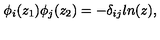
\phi _ { i } ( z _ { 1 } ) \phi _ { j } ( z _ { 2 } ) = - \delta _ { i j } l n ( z ) ,